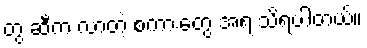
တွ ဆီက လာတဲ့ စကားတွေ အရ သိရပါတယ်။